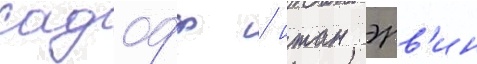
садофф / итан эрв'ин